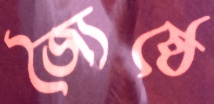
জ্যৈষ্ঠে